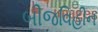
બીજવિહીન